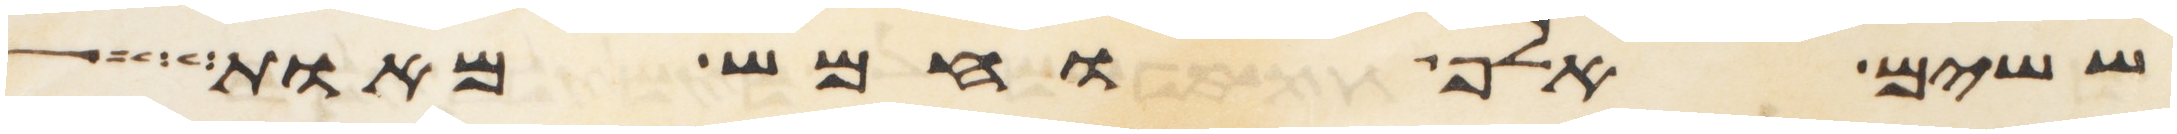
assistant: ששים אלף וחמש מאות